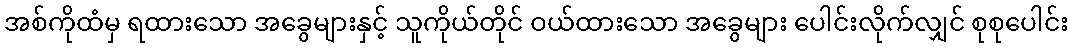
အစ်ကိုထံမှ ရထားသော အခွေများနှင့် သူကိုယ်တိုင် ဝယ်ထားသော အခွေများ ပေါင်းလိုက်လျှင် စုစုပေါင်း